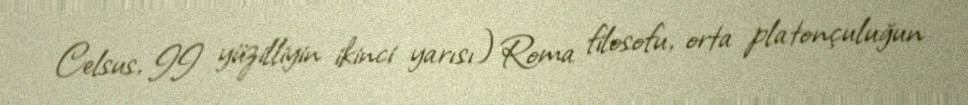
Celsus, II yüzilliyin ikinci yarısı) Roma filosofu, orta platonçuluğun